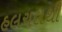
હલચલથી